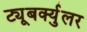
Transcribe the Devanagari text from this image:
ट्यूबर्क्युलर